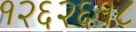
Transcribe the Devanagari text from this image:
१२६२६१८